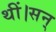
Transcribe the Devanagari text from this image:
थीं।सन्